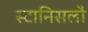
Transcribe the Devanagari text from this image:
स्टानिसलौ